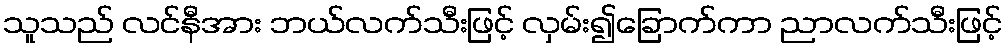
သူသည် လင်နီအား ဘယ်လက်သီးဖြင့် လှမ်း၍ခြောက်ကာ ညာလက်သီးဖြင့်